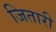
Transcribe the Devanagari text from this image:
जितारी